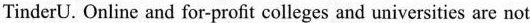
TinderU. Online and for-profit colleges and universities are not